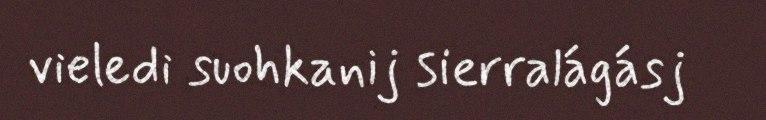
vieledi suohkanij sierralágásj